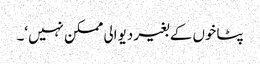
پٹاخوں کے بغیر دیوالی ممکن نہیں‘۔